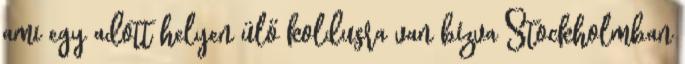
ami egy adott helyen ülő koldusra van bízva Stockholmban